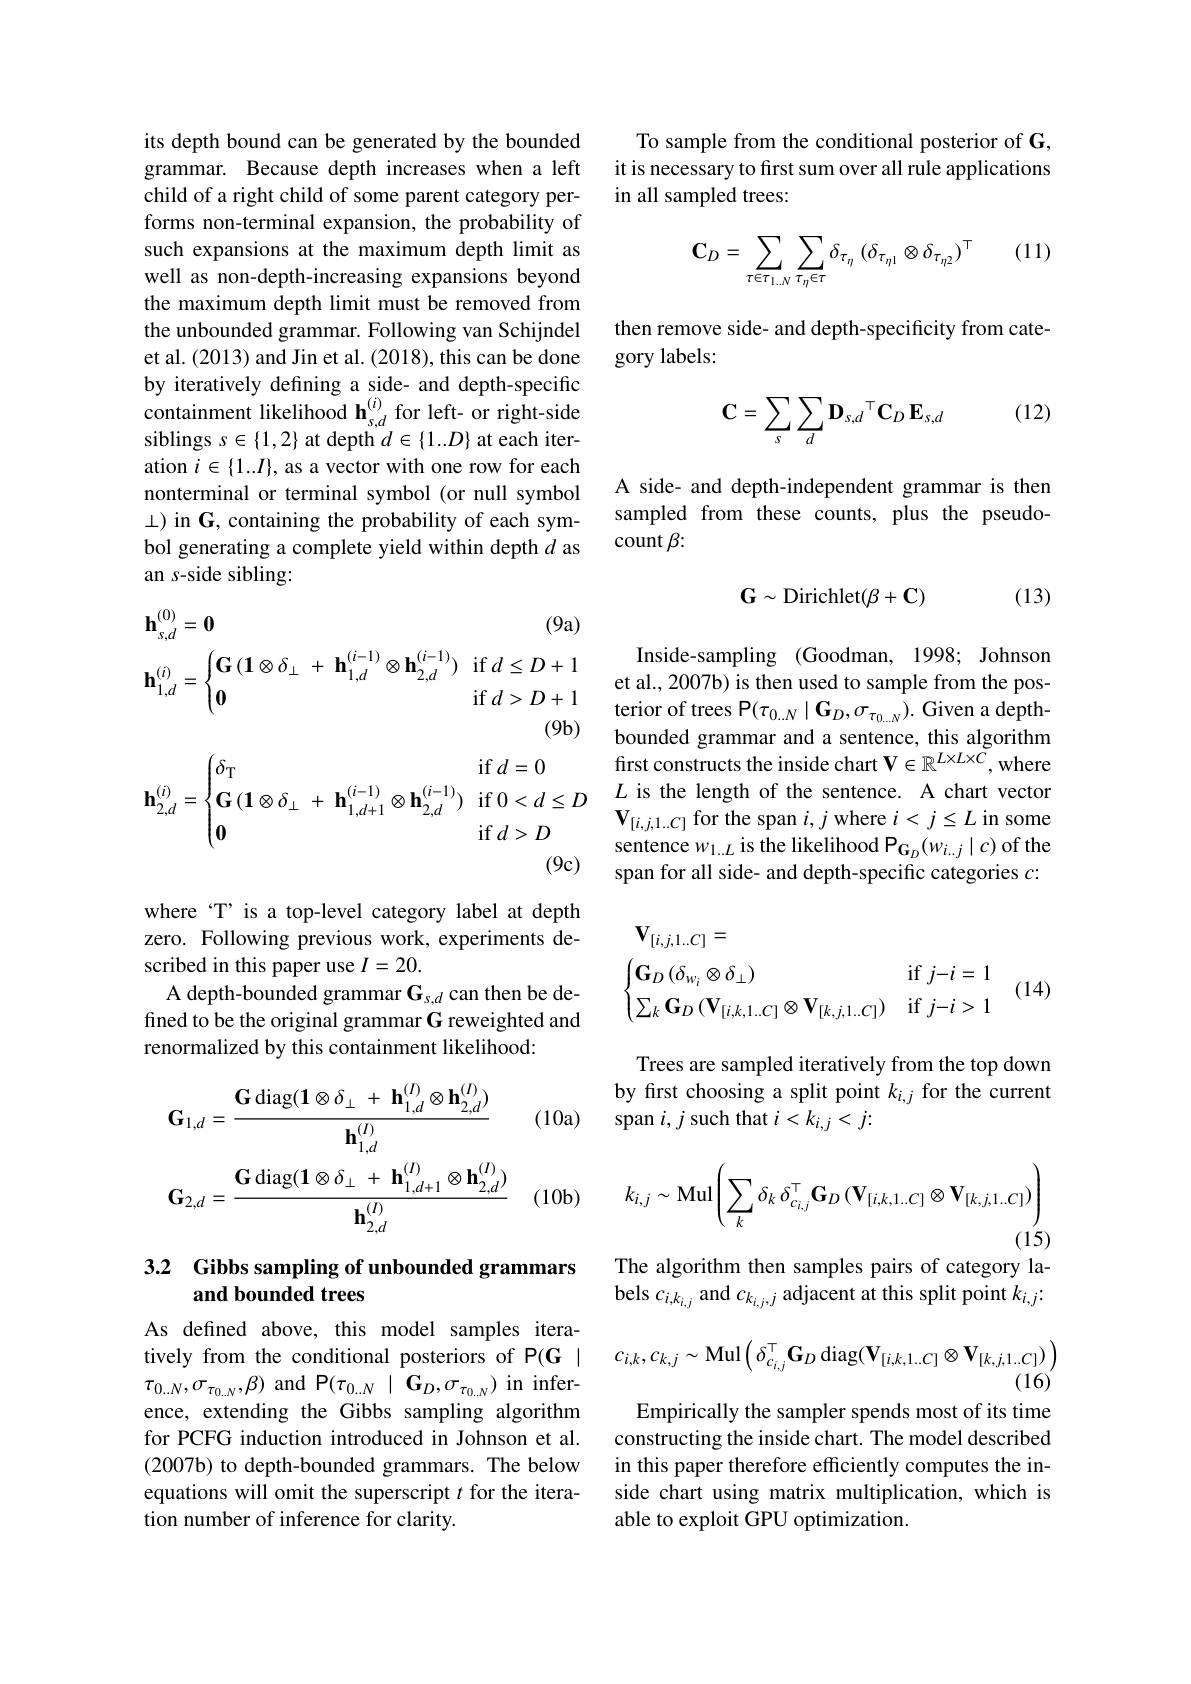
its depth bound can be generated by the bounded grammar. Because depth increases when a left child of a right child of some parent category performs non-terminal expansion, the probability of such expansions at the maximum depth limit as well as non-depth-increasing expansions beyond the maximum depth limit must be removed from the unbounded grammar. Following van Schijndel et al. (2013) and Jin et al. (2018), this can be done by iteratively defining a side- and depth-specific containment likelihood $\mathbf{h}_{s,d}^{(i)}$ for left- or right-side siblings $s\in\{1,2\}$ at depth $d\in\{1..D\}$ at each iteration $i\in\{1..I\}$, as a vector with one row for each nonterminal or terminal symbol (or null symbol $\bot)$ in G, containing the probability of each symbol generating a complete yield within depth $d$ as an s-side sibling:

$\mathbf{h}_{s,d}^{(0)}=\mathbf{0}$

(9a)

$\mathbf{h}_{1,d}^{(i)}=\begin{cases}\mathbf{G}\left(\mathbf{1}\otimes\delta_{\perp}\:+\:\mathbf{h}_{1,d}^{(i-1)}\otimes\mathbf{h}_{2,d}^{(i-1)}\right)&\mathrm{if}\:d\leq D+1&\text{Inside-sampling}\:\text{(Goodman, 1998; Johnson}\\\mathbf{0}&\mathrm{if}\:d>D+1&\text{et al,2007b)is then used to sample from the pos-}\\\mathbf{0}&\mathrm{if}\:d>D+1&\text{terior of trees P}(\tau_{0,c}\mid\mathbf{G}_{0,c}\mid\mathbf{G}_{0,}\end{cases}$
$(9b)$
$$\mathbf{h}_{2,d}^{(i)}=\begin{cases}\delta_\mathrm{T}&\text{if}\:d=0\\\mathbf{G}\left(\mathbf{1}\otimes\delta_\perp\:+\:\mathbf{h}_{1,d+1}^{(i-1)}\otimes\mathbf{h}_{2,d}^{(i-1)}\right)&\text{if}\:0<d\leq D\\\mathbf{0}&\text{if}\:d>D\end{cases}$$
where "T' is a top-level category label at depth zero. Following previous work, experiments described in this paper use $I=20.$
A depth-bounded grammar $\mathbf{G}_{s,d}$ can then be defined to be the original grammar G reweighted and renormalized by this containment likelihood:

(10a)
$$\mathbf{G}_{1,d}=\frac{\mathbf{G}\operatorname{diag}(\mathbf{1}\otimes\delta_{\perp}\:+\:\mathbf{h}_{1,d}^{(I)}\otimes\mathbf{h}_{2,d}^{(I)})}{\mathbf{h}_{1,d}^{(I)}}\\\mathbf{G}_{2,d}=\frac{\mathbf{G}\operatorname{diag}(\mathbf{1}\otimes\delta_{\perp}\:+\:\mathbf{h}_{1,d+1}^{(I)}\otimes\mathbf{h}_{2,d}^{(I)})}{\mathbf{h}_{2,d}^{(I)}}$$
(10b)

## 3.2 Gibbs sampling of unbounded grammars and bounded trees

As defined above, this model samples iteratively from the conditional posteriors of P(G | $\tau_{0.N},\sigma_{\tau_{0..N}},\beta)$ and $\mathsf P(\tau_{0..N}\mid\mathbf{G}_{D},\sigma_{\tau_{0..N}})$ in inference, extending the Gibbs sampling algorithm for PCFG induction introduced in Johnson et al. (2007b) to depth-bounded grammars. The below equations will omit the superscript $t$ for the iteration number of inference for clarity.

To sample from the conditional posterior of G, it is necessary to first sum over all rule applications in all sampled trees:

(11)
$$\mathbf{C}_{D}=\sum_{\tau\in\tau_{1..N}}\sum_{\tau_{\eta}\in\tau}\delta_{\tau_{\eta}}\:(\delta_{\tau_{\eta1}}\otimes\delta_{\tau_{\eta2}})^{\top}$$
then remove side- and depth-specificity from cate-
gory labels:

(12)
$$\mathbf{C}=\sum_s\sum_d\mathbf{D}_{s,d}^\top\mathbf{C}_D\mathbf{E}_{s,d}$$
A side- and depth-independent grammar is then sampled from these counts, plus the pseudocount $\beta{:}$

(13)
$$\mathbf{G}\sim\mathrm{Dirichlet}(\beta+\mathbf{C})$$
Inside-sampling (Goodman, 1998; Johnson terior of trees P$(\tau_{0.N}\mid\mathbf{G}_{D},\sigma_{\tau_{0..N}}).$ Given a depthbounded grammar and a sentence, this algorithm first constructs the inside chart $\mathbf{V}\in\mathbb{R}^{L\times L\times\tilde{C}}$,where $L$ is the length of the sentence. A chart vector $\mathbf{V}_{[i,j,1..C]}$ for the span $i,j$ where $i<j\leq L$ in some sentence $w_{1..L}$ is the likelihood P$_{\mathbf{G}_D}(w_{i..j}\mid c)$ of the span for all side- and depth-specific categories $c:$
$$\begin{aligned}&\mathbf{V}_{[i,j,1..C]}=\\&\begin{cases}\mathbf{G}_D\left(\delta_{w_i}\otimes\delta_\perp\right)&\text{if}j-i=1\\\sum_k\mathbf{G}_D\left(\mathbf{V}_{[i,k,1..C]}\otimes\mathbf{V}_{[k,j,1..C]}\right)&\text{if}j-i>1\end{cases}\end{aligned}$$
(14)

Trees are sampled iteratively from the top down by first choosing a split point $k_{i,j}$ for the current span $i,j$ such that $i<k_i,j<j:$
$$k_{i,j}\sim\mathrm{Mul}\left(\sum_{k}\delta_{k}\:\delta_{c_{i,j}}^{\top}\mathbf{G}_{D}\left(\mathbf{V}_{[i,k,1..C]}\otimes\mathbf{V}_{[k,j,1..C]}\right)\right)$$
(15)

The algorithm then samples pairs of category la-

bels $c_{i,k_{i,j}}$ and $c_{k_{i,j},j}$ adjacent at this split point $k_i,j:$
$$c_{i,k},c_{k,j}\sim\mathrm{Mul}\left(\delta_{c_{i,j}}^{\top}\mathbf{G}_{D}\operatorname{diag}(\mathbf{V}_{[i,k,1..C]}\otimes\mathbf{V}_{[k,j,1..C]})\right)$$
(16)

Empirically the sampler spends most of its time constructing the inside chart. The model described in this paper therefore efficiently computes the inside chart using matrix multiplication, which is able to exploit GPU optimization.